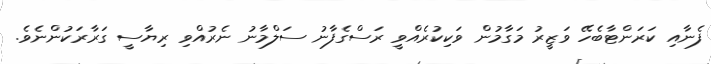
ފެނާއި ކަރަންޓާބެހޭ ވަޒީރު މަގާމުން ވަކިކުރެއްވީ ރަސްގެފާނު ސަލްމާނު ނެރުއްވި ރިޔާސީ ގަރާރަކުންނެވެ.